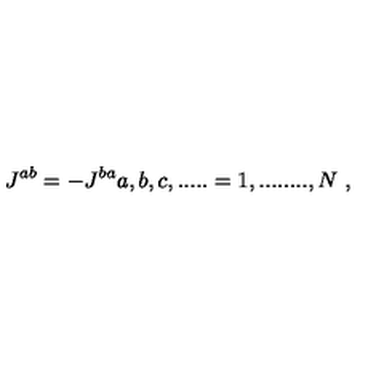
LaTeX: J ^ { a b } = - J ^ { b a } a , b , c , . . . . . = 1 , . . . . . . . . , N \ ,